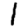
Digit: 1